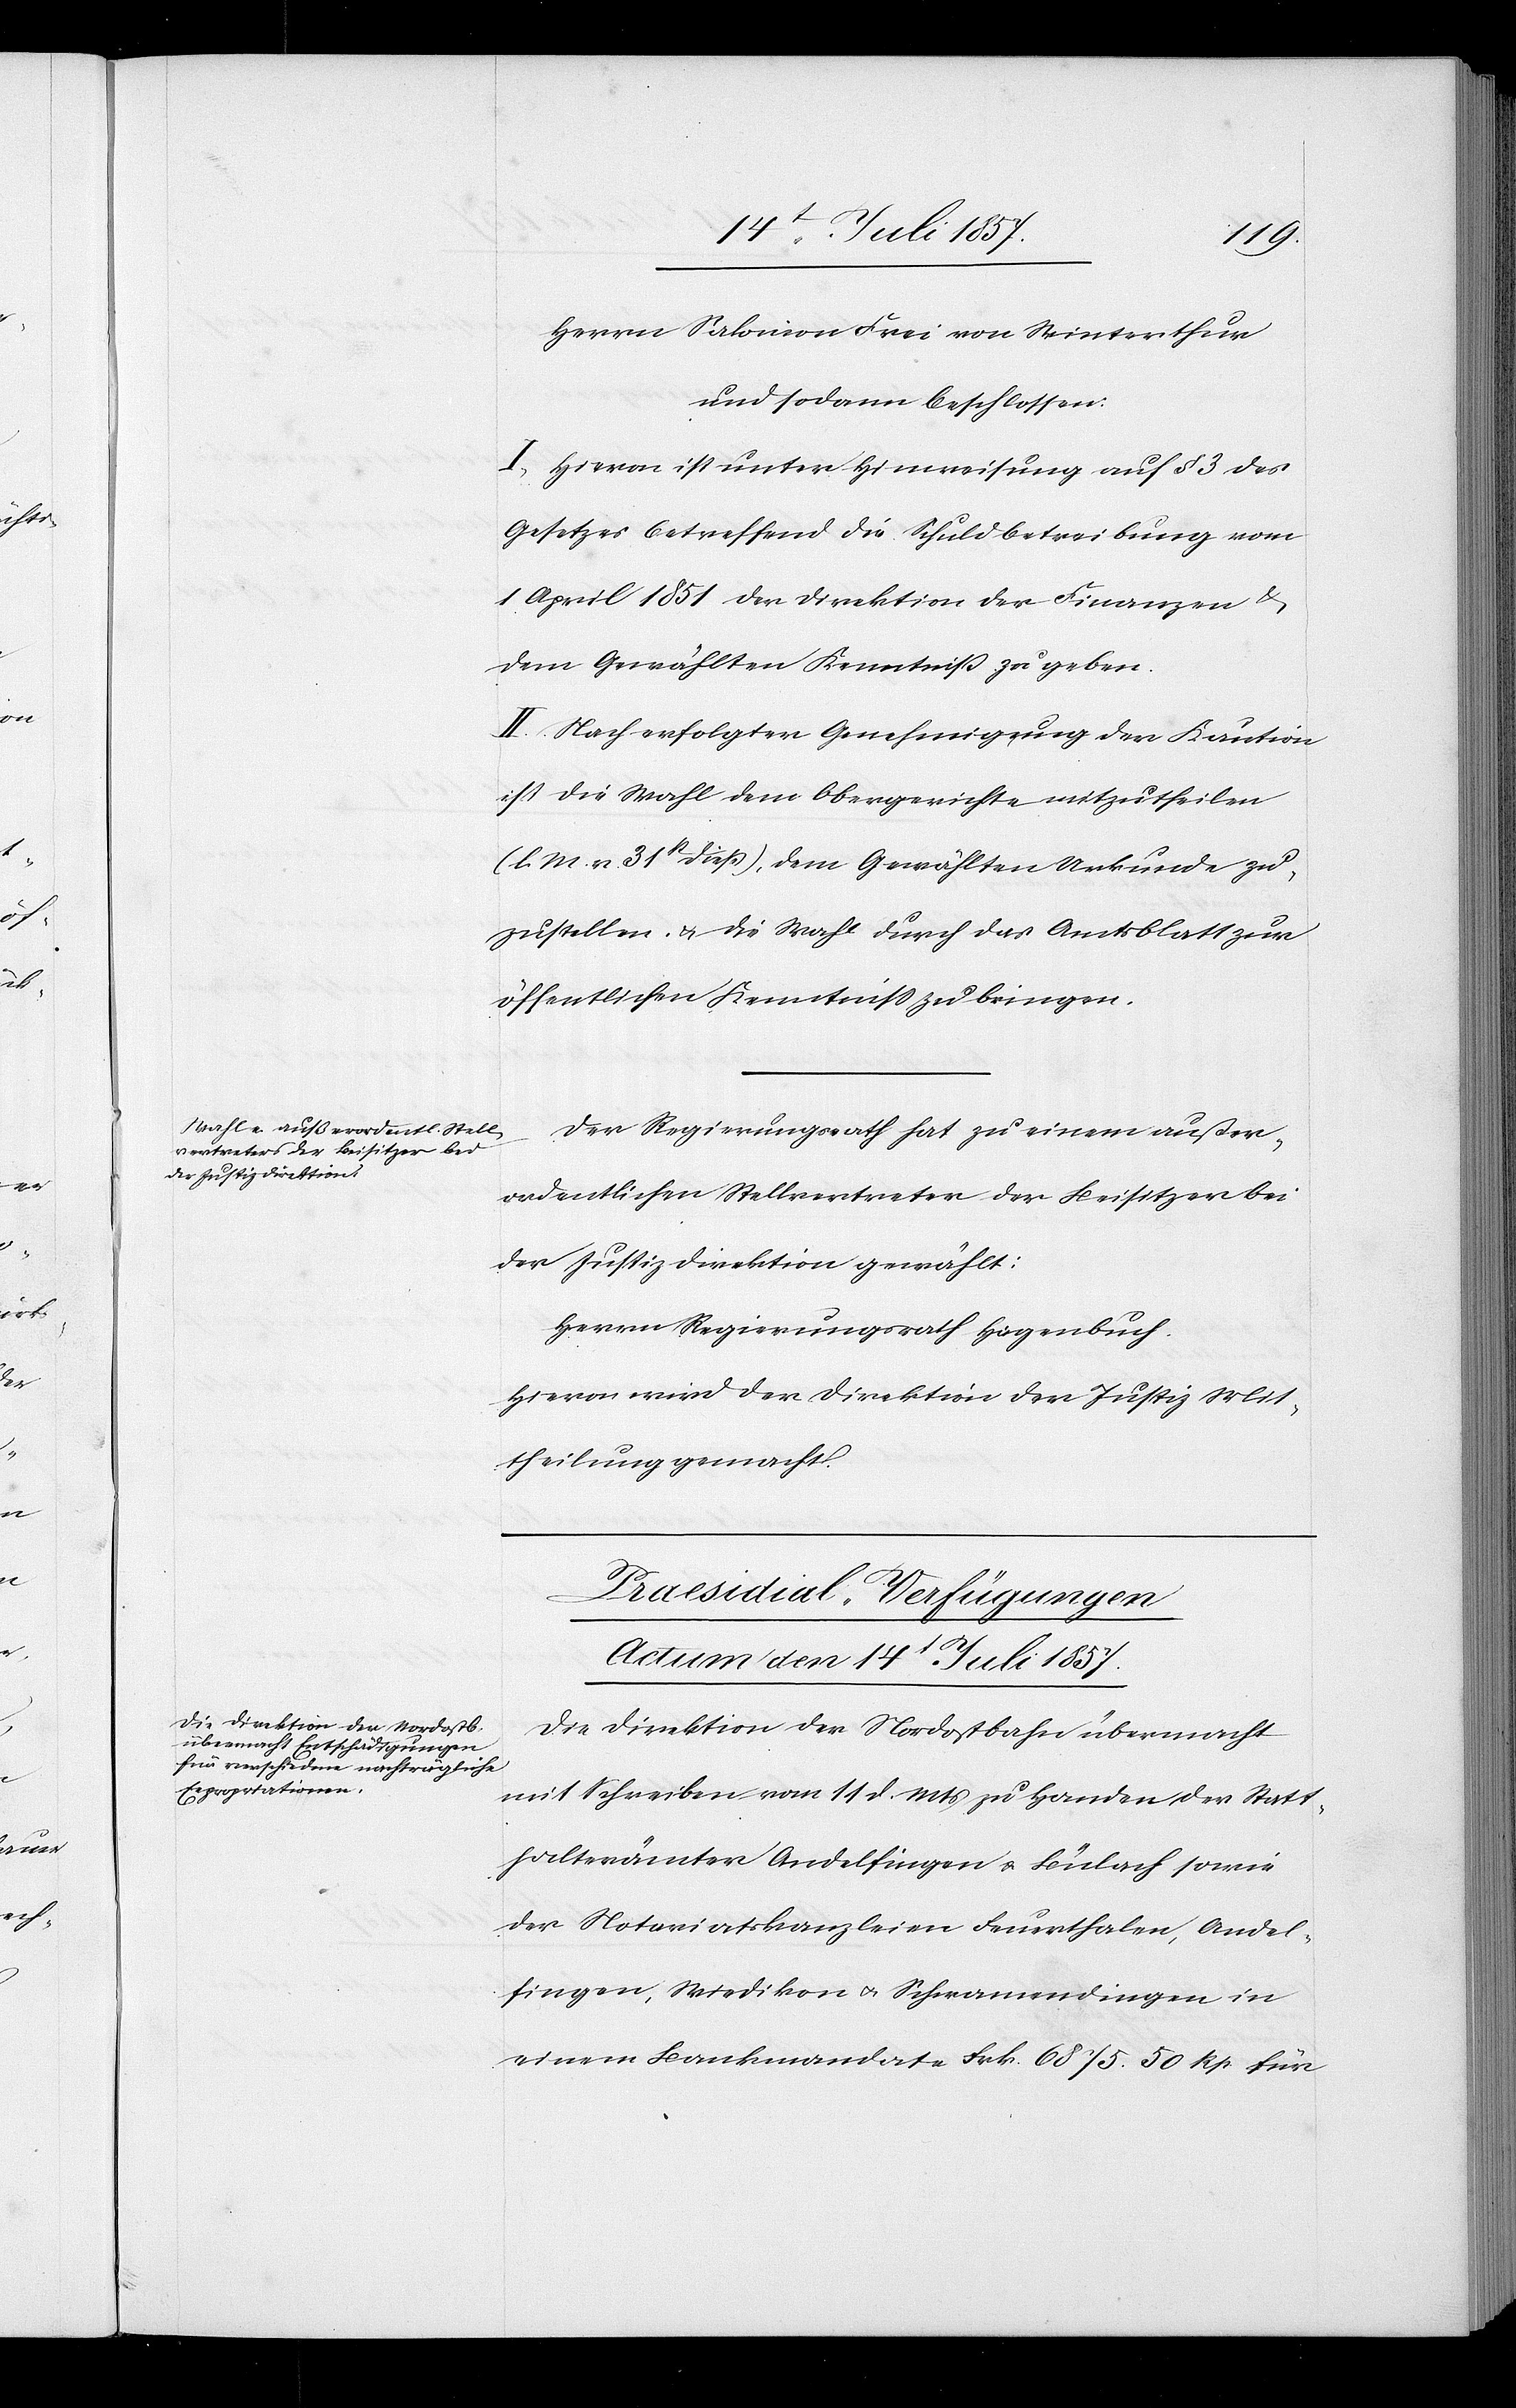
14t Juli 1857.
Herrn Salomon Frei von Winterthur
und sodann beschlossen:
I. Hievon ist unter Hinweisung auf § 3 des
Gesetzes betreffend die Schuldbetreibung vom
1 April 1851 der Direktion der Finanzen &
dem Gewählten Kenntniß zu geben.
II. Nach erfolgter Genehmigung der Kaution
ist die Wahl dem Obergerichte mitzutheilen
[l. M. v. 31st dieß], dem Gewählten Urkunde zu¬
zustellen & die Wahl durch das Amtsblatt zur
öffentlichen Kenntniß zu bringen.
Der Regierungsrath hat zu einem außer¬
ordentlichen Stellvertreter der Beisitzer bei
der Justizdirektion gewählt:
Herren Regierungsrath Hagenbuch.
Hievon wird der Direktion der Justiz Mit¬
theilung gemacht.
Praesidial-Verfügungen.
Die Direktion der Nordostbahn übermacht
mit Schreiben vom 11 d. Mts. zu Handen der Statt¬
halterämter Andelfingen & Bülach sowie
der Notariatskanzleien Feuerthalen, Andel¬
fingen, Wiedikon & Schwamendingen in
einem Bankmandate Frk. 6 875. 50 Rp. für